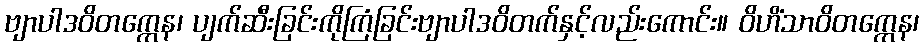
ဗျာပါဒဝိတက္ကေန၊ ပျက်ဆီးခြင်းကိုကြံခြင်းဗျာပါဒဝိတက်နှင့်လည်းကောင်း။ ဝိဟိံသာဝိတက္ကေန၊